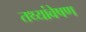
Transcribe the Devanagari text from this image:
तथ्यांवेषण